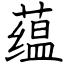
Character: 蕴